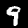
Label: 9